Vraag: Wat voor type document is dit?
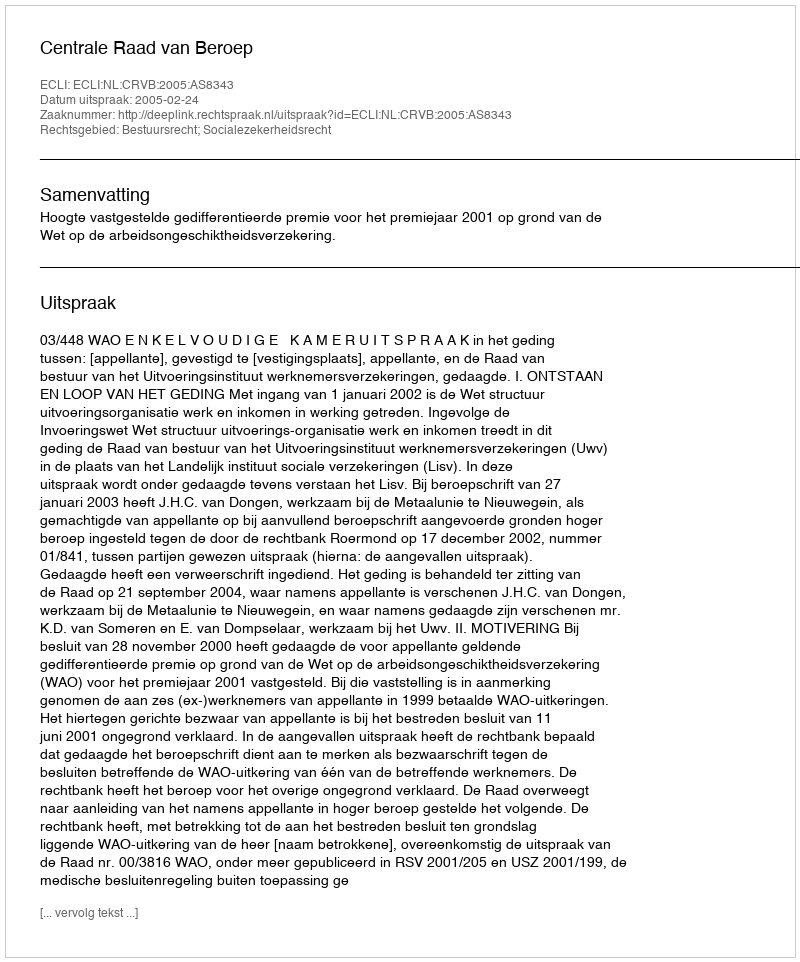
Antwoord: Uitspraak